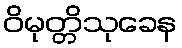
ဝိမုတ္တိသုခေန